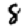
Digit: 8